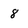
Character: 8